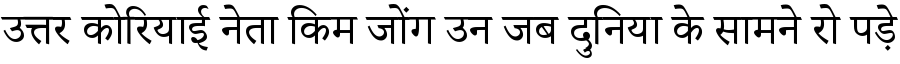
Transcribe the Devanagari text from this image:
उत्तर कोरियाई नेता किम जोंग उन जब दुनिया के सामने रो पड़े